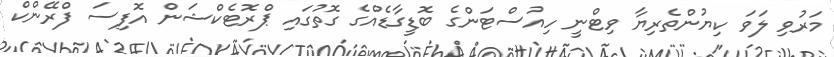
މަރުވި ލަވަ ކިޔުންތެރިޔާ ވިޓްނީ ހިއުސްޓަންގެ ބޮޑީގާޑެއްގެ ގޮތުގައި ޕްރޮޓެކްޝަން އޮފިސަ ފްރޭންކް